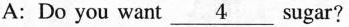
A:Do you want \underline{4} sugar?